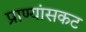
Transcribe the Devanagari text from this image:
प्राण्यांसकट